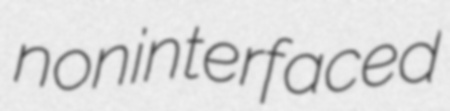
noninterfaced